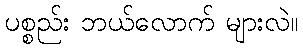
ပစ္စည်း ဘယ်လောက် များလဲ။